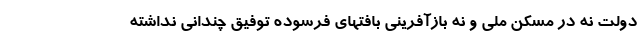
دولت نه در مسکن ملی و نه بازآفرینی بافتهای فرسوده توفیق چندانی نداشته